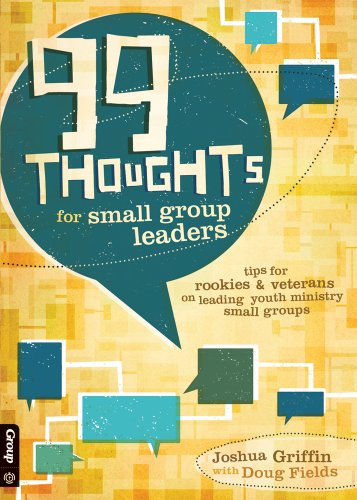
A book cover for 99 Thoughts for Small Group Leaders: Tips for Rookies & Veterans on Leading Youth Ministry Small Groups; Joshua Griffin; Christian Books & Bibles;